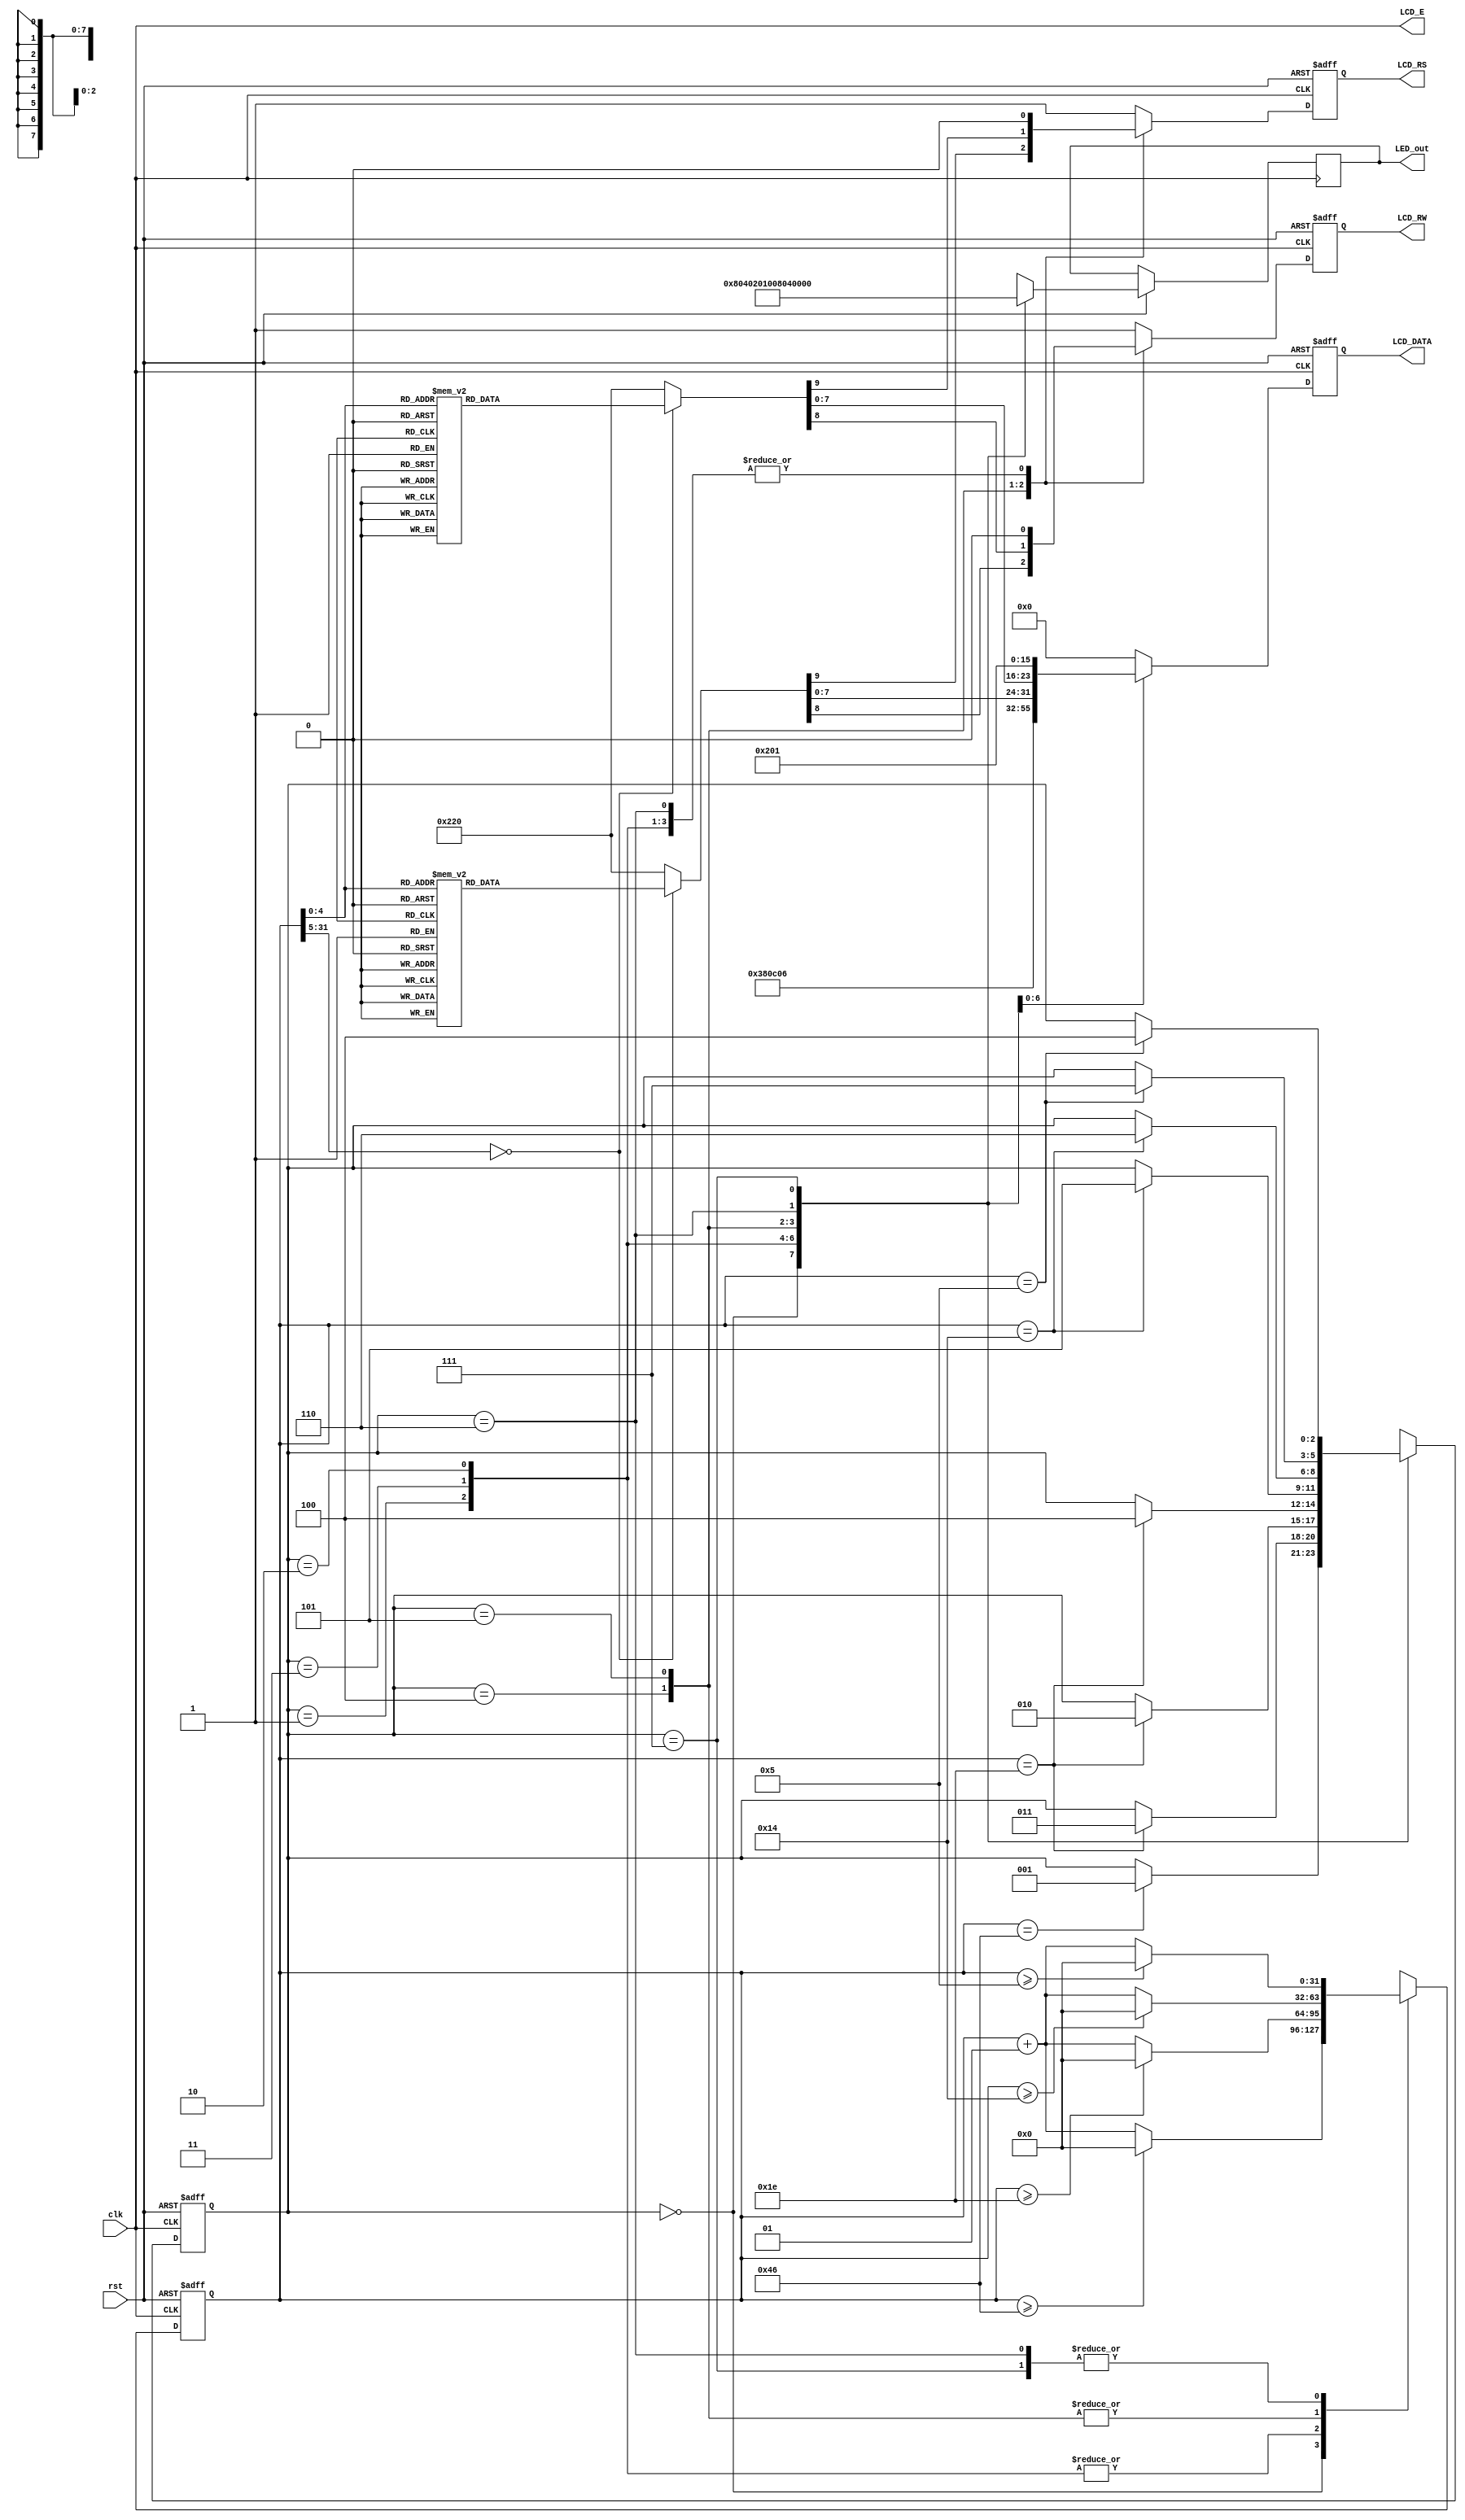
module text_LCD_basic(rst,clk,LCD_E,LCD_RS,LCD_RW,LCD_DATA,LED_out);

input rst,clk;

output LCD_E,LCD_RS,LCD_RW;
output reg[7:0] LCD_DATA;
output reg[7:0] LED_out;

wire LCD_E;
reg LCD_RS,LCD_RW;
reg[2:0] state;
parameter DELAY=3'b000,
          FUNCTION_SET=3'b001,
          ENTRY_MODE  =3'b010,
          DISP_ONOFF  =3'b011,
          LINE1       =3'b100,
          LINE2       =3'b101,
          DELAY_T     =3'b110,
          CLEAR_DISP  =3'b111;
integer cnt;

always @(posedge clk or negedge rst)
begin
    if(!rst)begin
        state=DELAY;
        cnt=0;
    end
    else begin
        case(state)
            DELAY:begin
                LED_out=8'b1000_0000;
                if(cnt==70) state=FUNCTION_SET;
                if(cnt >= 70) cnt = 0;
                else cnt = cnt + 1; 
            end
            FUNCTION_SET:begin
                LED_out=8'b0100_0000;
                if(cnt==30) state=DISP_ONOFF;
                if(cnt >= 30) cnt = 0;
                else cnt = cnt + 1;

            end
            DISP_ONOFF:begin
                LED_out=8'b0010_0000;
                if(cnt==30) state=ENTRY_MODE;
                if(cnt >= 30) cnt = 0;
                else cnt = cnt + 1;

            end
            ENTRY_MODE:begin
                LED_out=8'b0001_0000;
                if(cnt==30) state=LINE1;
                 if(cnt >= 30) cnt = 0;
                else cnt = cnt + 1;

            end
            LINE1:begin
                LED_out=8'b0000_1000;
                if(cnt==20) state=LINE2;
                if(cnt >= 20) cnt = 0;
                else cnt = cnt + 1;

            end
            LINE2:begin
                LED_out=8'b0000_0100;
                if(cnt==20) state=DELAY_T;
                if(cnt >= 20) cnt = 0;
                else cnt = cnt + 1;

            end
            DELAY_T:begin
                LED_out=8'b0000_0010;
                if(cnt==5) state=CLEAR_DISP;
                if(cnt >= 5) cnt = 0;
                else cnt = cnt + 1;

            end
            CLEAR_DISP:begin
                LED_out=8'b0000_0001;
                if(cnt==5) state=LINE1;
                 if(cnt >= 5) cnt = 0;
                else cnt = cnt + 1;

            end
            default:state=DELAY;
        endcase
    end
end

always @(posedge clk or negedge rst)
begin
    if(!rst)
        {LCD_RS,LCD_RW,LCD_DATA}=10'b1_1_00000000;
    else begin
        case(state)
            FUNCTION_SET:
                {LCD_RS,LCD_RW,LCD_DATA}=10'b0_0_0011_1000;
            DISP_ONOFF:
                {LCD_RS,LCD_RW,LCD_DATA}=10'b0_0_0000_1100;
            ENTRY_MODE:
                {LCD_RS,LCD_RW,LCD_DATA}=10'b0_0_0000_0110;

LINE1:
    begin
        case(cnt)
            00:{LCD_RS,LCD_RW,LCD_DATA}=10'b0_0_1000_0000;
            01:{LCD_RS,LCD_RW,LCD_DATA}=10'b1_0_0010_0000;//
            02:{LCD_RS,LCD_RW,LCD_DATA}=10'b1_0_0100_1000;//H
            03:{LCD_RS,LCD_RW,LCD_DATA}=10'b1_0_0100_0101;//E
            04:{LCD_RS,LCD_RW,LCD_DATA}=10'b1_0_0100_1100;//L
            05:{LCD_RS,LCD_RW,LCD_DATA}=10'b1_0_0100_1100;//L
            06:{LCD_RS,LCD_RW,LCD_DATA}=10'b1_0_0100_1111;//0
            07:{LCD_RS,LCD_RW,LCD_DATA}=10'b1_0_0010_0000;//
            08:{LCD_RS,LCD_RW,LCD_DATA}=10'b1_0_0101_0111;//W
            09:{LCD_RS,LCD_RW,LCD_DATA}=10'b1_0_0100_1111;//O
            10:{LCD_RS,LCD_RW,LCD_DATA}=10'b1_0_0101_0010;//R
            11:{LCD_RS,LCD_RW,LCD_DATA}=10'b1_0_0100_1100;//L
            12:{LCD_RS,LCD_RW,LCD_DATA}=10'b1_0_0100_0100;//D
            13:{LCD_RS,LCD_RW,LCD_DATA}=10'b1_0_0010_0001;//!
            14:{LCD_RS,LCD_RW,LCD_DATA}=10'b1_0_0010_0000;//
            15:{LCD_RS,LCD_RW,LCD_DATA}=10'b1_0_0010_0000;//
            16:{LCD_RS,LCD_RW,LCD_DATA}=10'b1_0_0010_0000;//
            default:{LCD_RS,LCD_RW,LCD_DATA}=10'b1_0_0010_0000;//
        endcase
    end

LINE2:
    begin
        case(cnt)
            00:{LCD_RS,LCD_RW,LCD_DATA}=10'b0_0_1100_0000;
            01:{LCD_RS,LCD_RW,LCD_DATA}=10'b1_0_0011_0010;//2
            02:{LCD_RS,LCD_RW,LCD_DATA}=10'b1_0_0011_0000;//0
            03:{LCD_RS,LCD_RW,LCD_DATA}=10'b1_0_0011_0010;//2
            04:{LCD_RS,LCD_RW,LCD_DATA}=10'b1_0_0011_0000;//0
            05:{LCD_RS,LCD_RW,LCD_DATA}=10'b1_0_0011_0100;//4
            06:{LCD_RS,LCD_RW,LCD_DATA}=10'b1_0_0011_0100;//4
            07:{LCD_RS,LCD_RW,LCD_DATA}=10'b1_0_0011_0000;//0
            08:{LCD_RS,LCD_RW,LCD_DATA}=10'b1_0_0011_0000;//0
            09:{LCD_RS,LCD_RW,LCD_DATA}=10'b1_0_0011_0110;//6
            10:{LCD_RS,LCD_RW,LCD_DATA}=10'b1_0_0011_1000;//8
            11:{LCD_RS,LCD_RW,LCD_DATA}=10'b1_0_0010_0000;//
            12:{LCD_RS,LCD_RW,LCD_DATA}=10'b1_0_0101_0011;//S
            13:{LCD_RS,LCD_RW,LCD_DATA}=10'b1_0_0100_0111;//G
            14:{LCD_RS,LCD_RW,LCD_DATA}=10'b1_0_0100_1000;//H
            15:{LCD_RS,LCD_RW,LCD_DATA}=10'b1_0_0010_0000;//
            16:{LCD_RS,LCD_RW,LCD_DATA}=10'b1_0_0010_0000;//
            default:{LCD_RS,LCD_RW,LCD_DATA}=10'b1_0_0010_0000;//
        endcase
    end

            DELAY_T:
                {LCD_RS,LCD_RW,LCD_DATA}=10'b0_0_0000_0010;
            CLEAR_DISP:
                {LCD_RS,LCD_RW,LCD_DATA}=10'b0_0_0000_0001;
            default:
                {LCD_RS,LCD_RW,LCD_DATA}=10'b1_1_0000_0000;
        endcase
    end
end

assign LCD_E=clk;

endmodule